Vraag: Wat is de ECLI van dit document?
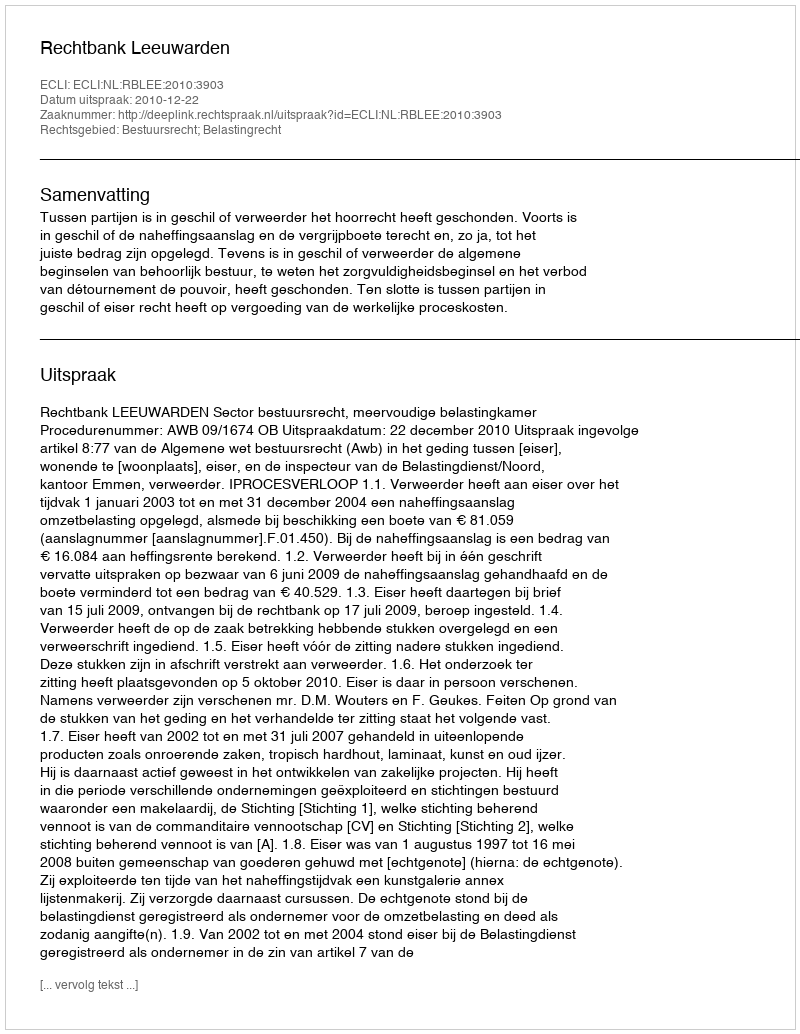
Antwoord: ECLI:NL:RBLEE:2010:3903